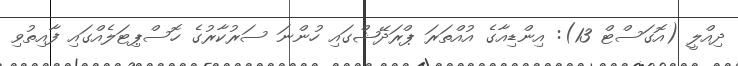
ދިއްލީ (އޮގަސްޓް 13): އިންޑިއާގެ އުއްތަރަ ޕްރަދޭޝްގައި ހުންނަ ސަރުކާރުގެ ހޮސްޕިޓަލެއްގައި ފާއިތުވި